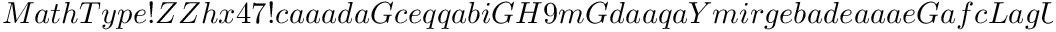
M a t h T y p e ! Z Z h x 4 7 ! c a a a d a G c e q q a b i G H 9 m G d a a q a Y m i r g e b a d e a a a e G a f c L a g U I a e Y 2 a b a